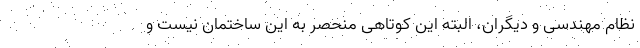
نظام مهندسی و دیگران، البته این کوتاهی منحصر به این ساختمان نیست و